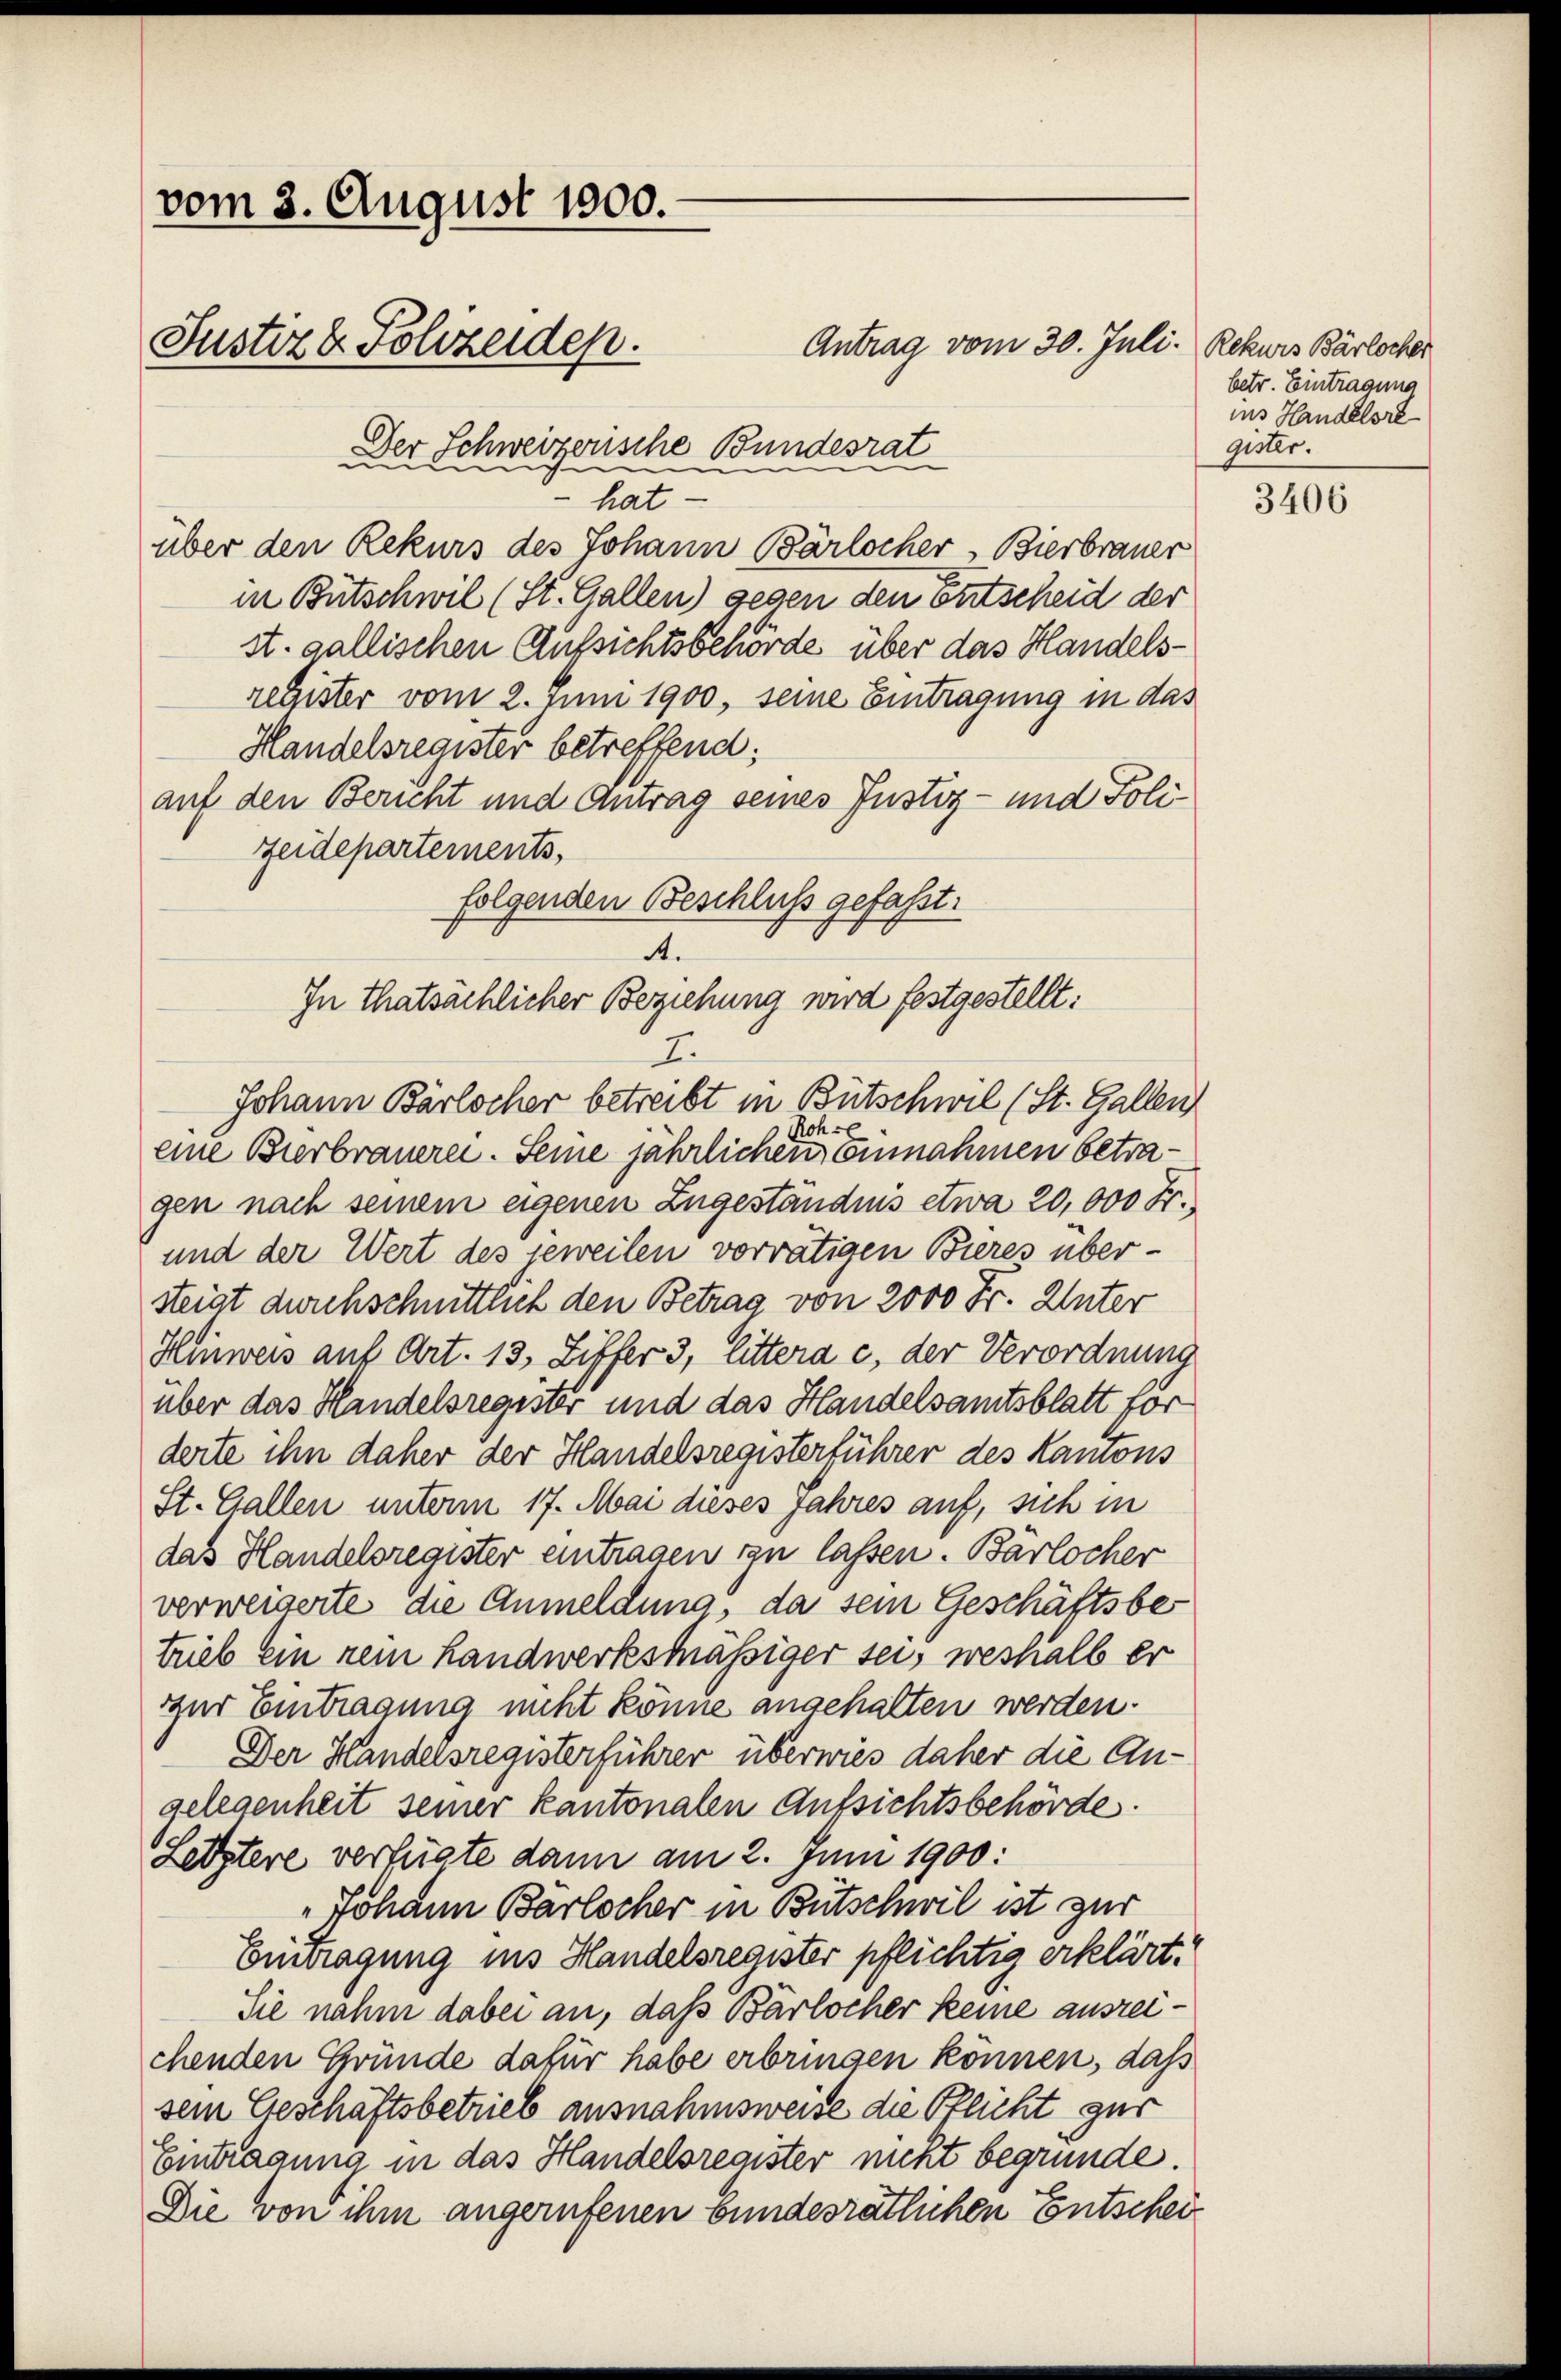
vom 3. August 1900.
Antrag vom 30. Juli Rekurs Bärlocher
Justiz & Polizeiden.

Der Schweizerische Bundesrat
hat
über den Rekurs des Johann Bärlocher, Bierbrauer
in Bütschwil (St. Gallen) gegen den entscheid der
st. gallischen Aufsichtsbehörde über das Handelsregister vom 2. Juni 1900, seine Eintragung in das
Handelsregister betreffend:
auf den Bericht und Antrag seines Justiz- und Poli¬
Zeidepartements,
folgenden Beschluß gefasst:
A.
Roh.
eine Bierbrauerei. Seine jährlichen Einnahmen betragen nach seinem eigenen Zugeständnis etwa 20,000 Fr.
und der Wert des jeweilen vorrätigen Bieres über-
steigt durchschnittlich den Betrag von 2000 Fr. Unter
Hinweis auf Art. 13, Ziffer 3, littera c. der Verordnung
über das Handelsregister und das Handelsamtsblatt vor
derte ihn daher der Handelsregisterführer des Kanons
St. Gallen unterm 17. Mai dieses Jahres auf, sich in
das Handelsregister eintragen in lassen. Bärlocher
verweigerte die Anmeldung, da sein Geschäftsbetrieb ein nein Handwerksmäßiger sei, weshalb er
zur Eintragung nicht könne angehalten werden.
Der Handesregisterführer überwies daher die Angelegenheit seiner kantonalen Aufsichtsbehörde
Letztere verfügte dann am 2. Juni 1900:
Johann Barlocher in Bütschwil ist zur
Enragung ins Handelsregister pflichtig erklärt.
Sie nahm dabei an, daß Bärlocher keine ausreichenden Gründe dafür habe erbringen können, das
sem Geschäftsbetrieb ausnahmsweise die Pflicht zur
Eintragung in das Handelsregister nicht begründe.
Die von ihm angerufenen bundesrätlichen Entschei¬

In thatsächlicher Beziehung wird festgestellt:
7.
Johann Bärlocher betreibt in Bütschwil (St. Gallen

betr. Eintragung
ins Handelsre
gister.

3406